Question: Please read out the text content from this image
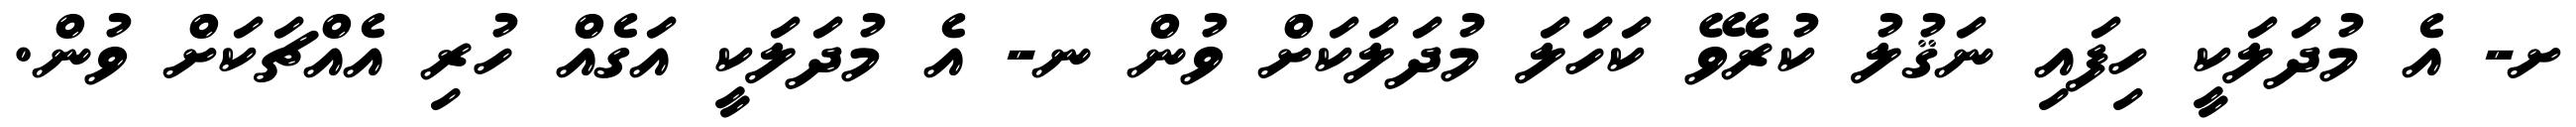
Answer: ށ- އެ މުދަލަކީ ހިފައި ނަޤުލު ކުރެވޭ ކަހަލަ މުދަލަކަށް ވުން ނ- އެ މުދަލަކީ އަގެއް ހުރި އެއްޗަކަށް ވުން.